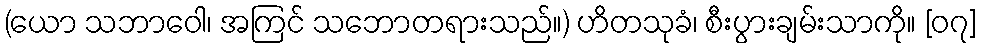
(ယော သဘာဝေါ၊ အကြင် သဘောတရားသည်။) ဟိတသုခံ၊ စီးပွားချမ်းသာကို။ [၀၇]